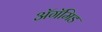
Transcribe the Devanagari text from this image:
ॲगॅमिड